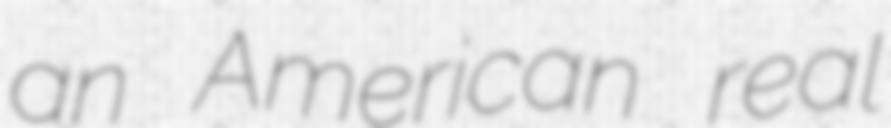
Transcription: an American real